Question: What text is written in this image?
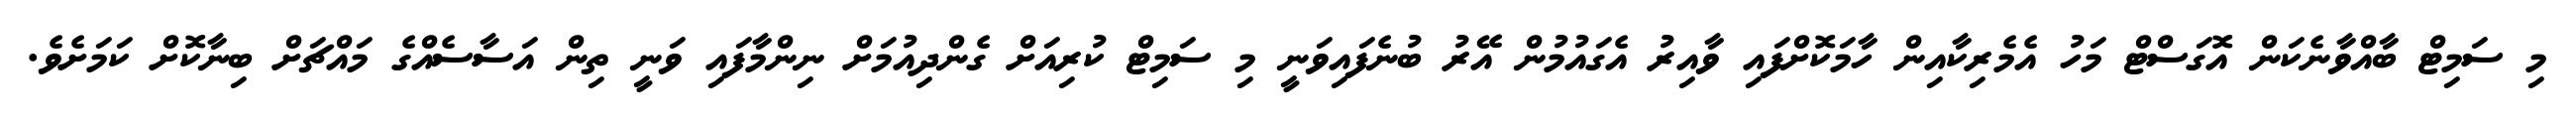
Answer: މި ސަމިޓް ބާއްވާނެކަން އޮގަސްޓް މަހު އެމެރިކާއިން ހާމަކޮށްފައި ވާއިރު އެގައުމުން އޭރު ބުނެފައިވަނީ މި ސަމިޓް ކުރިއަށް ގެންދިއުމަށް ނިންމާފައި ވަނީ ތިން އަސާސެއްގެ މައްޗަށް ބިނާކޮށް ކަމަށެވެ.